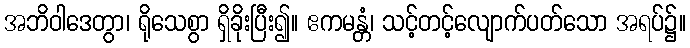
အဘိဝါဒေတွာ၊ ရိုသေစွာ ရှိခိုးပြီး၍။ ဧကမန္တံ၊ သင့်တင့်လျောက်ပတ်သော အရပ်၌။